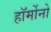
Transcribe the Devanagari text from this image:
हॉर्मोनो